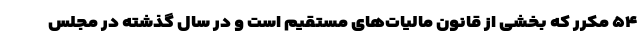
۵۴ مکرر که بخشی از قانون مالیات‌های مستقیم است و در سال گذشته در مجلس